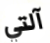
آلتي